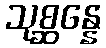
သုစ္ဆန္နေ